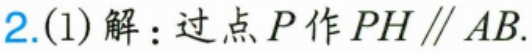
2.(1) 解：过点 \(P\) 作 \(PH\parallel AB\).